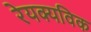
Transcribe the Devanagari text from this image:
रेयक्यविक